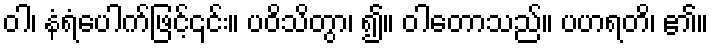
ဝါ၊ နံရံပေါက်ဖြင့်၎င်း။ ပဝိသိတွာ၊ ၍။ ဝါတောသည်။ ပဟရတိ၊ ၏။